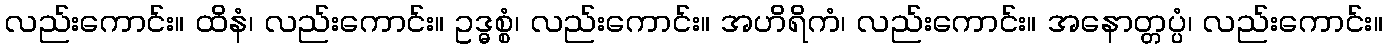
လည်းကောင်း။ ထိနံ၊ လည်းကောင်း။ ဥဒ္ဓစ္စံ၊ လည်းကောင်း။ အဟိရိကံ၊ လည်းကောင်း။ အနောတ္တပ္ပံ၊ လည်းကောင်း။